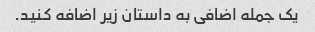
یک جمله اضافی به داستان زیر اضافه کنید.